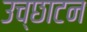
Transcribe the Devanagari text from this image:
उच्छाटन